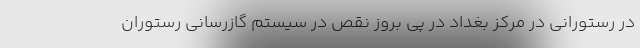
در رستورانی در مرکز بغداد در پی بروز نقص در سیستم گاز‌رسانی رستوران